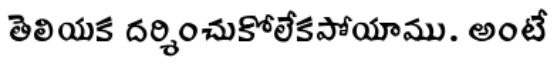
తెలియక దర్శించుకోలేకపోయాము. అంటే